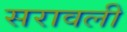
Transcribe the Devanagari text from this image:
सरावली